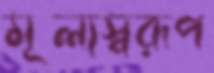
মূল্যস্বরূপ